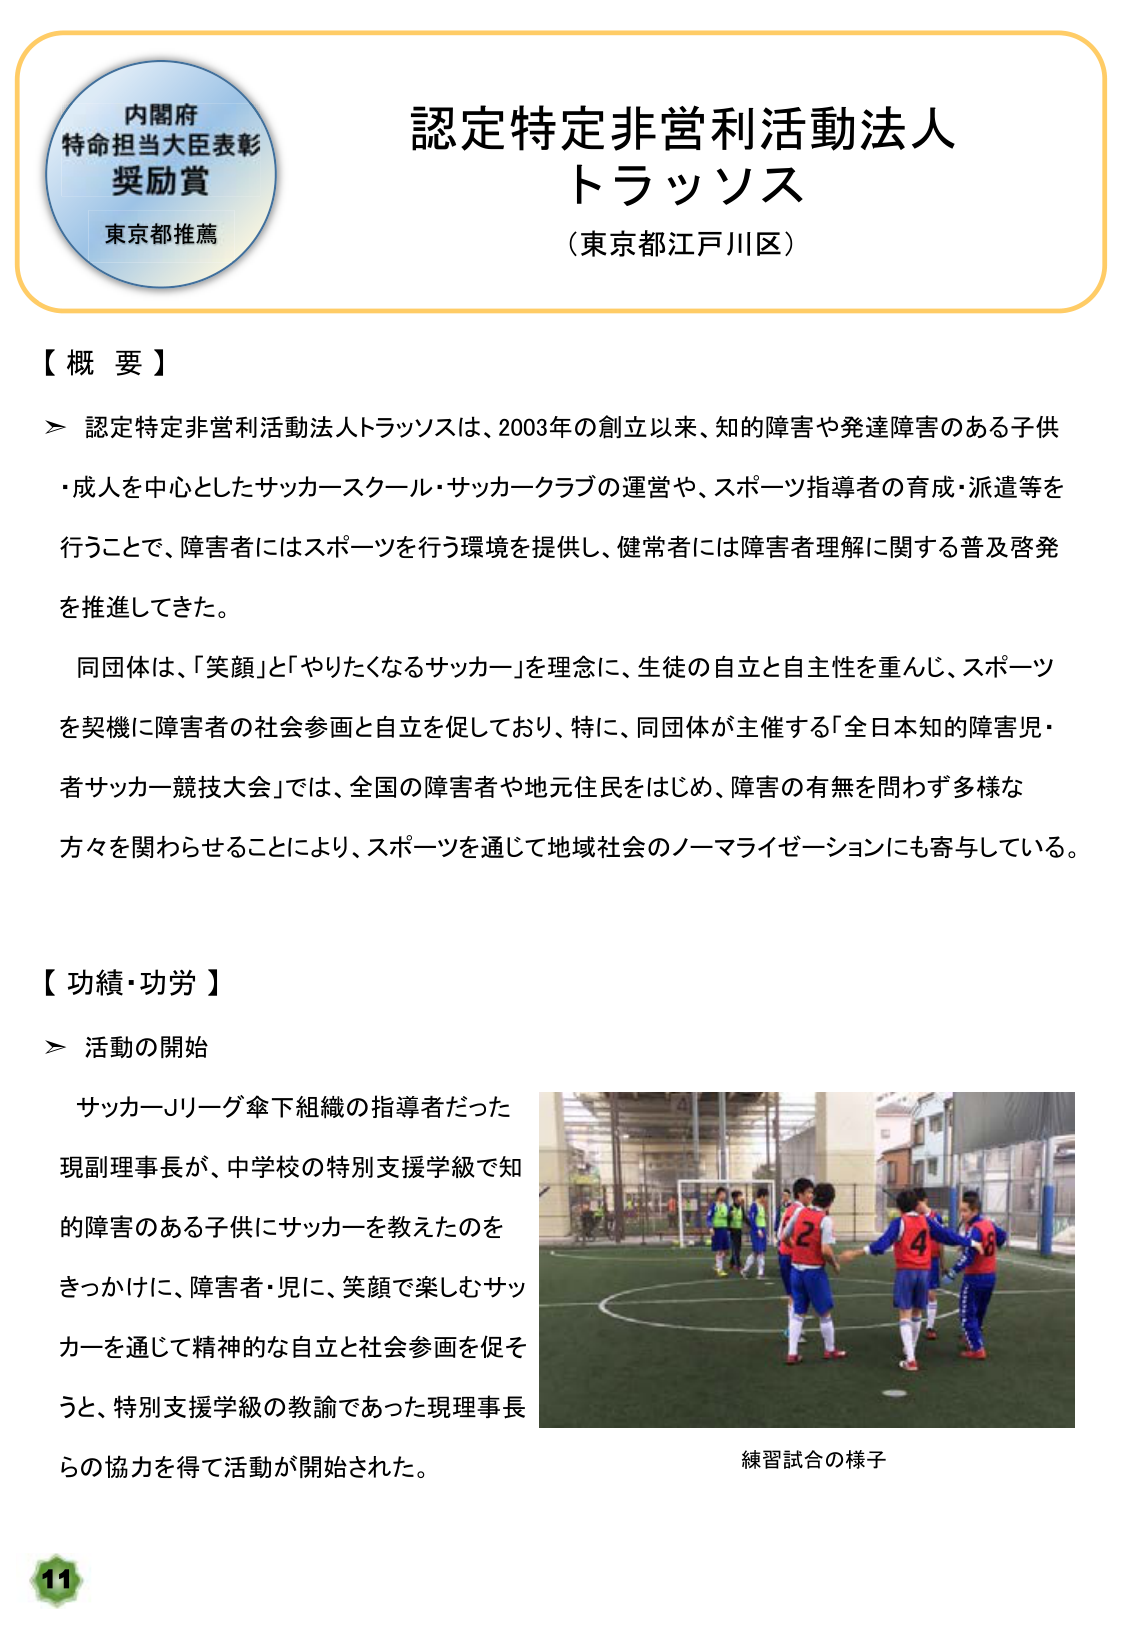
内閣府
特命担当大臣表彰
奨励賞
東京都推薦

認定特定非営利活動法人
トラッソス
（東京都江戸川区）

【概要】
＞ 認定特定非営利活動法人トラッソスは、2003年の創立以来、知的障害や発達障害のある子供・成人を中心としたサッカースクール・サッカークラブの運営や、スポーツ指導者の育成・派遣等を行うことで、障害者にはスポーツを行う環境を提供し、健常者には障害者理解に関する普及啓発を推進してきた。
同団体は、「笑顔」と「やりたくなるサッカー」を理念に、生徒の自立と自主性を重んじ、スポーツを契機に障害者の社会参画と自立を促しており、特に、同団体が主催する「全日本知的障害児・者サッカー競技大会」では、全国の障害者や地元住民をはじめ、障害の有無を問わず多様な方々を関わらせることにより、スポーツを通じて地域社会のノーマライゼーションにも寄与している。

【功績・功労】
＞ 活動の開始
サッカーJリーグ傘下組織の指導者だった現副理事長が、中学校の特別支援学級で知的障害のある子供にサッカーを教えたのをきっかけに、障害者・児に、笑顔で楽しむサッカーを通じて精神的な自立と社会参画を促そうと、特別支援学級の教諭であった現理事長らの協力を得て活動が開始された。

練習試合の様子

11